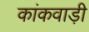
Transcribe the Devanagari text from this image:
कांकवाड़ी